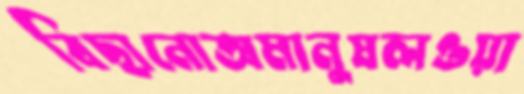
বিছানোঅমানুষলওয়া